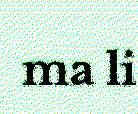
ma li